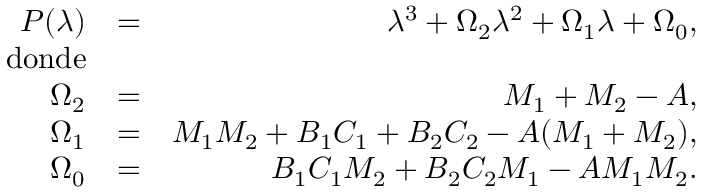
\begin{array} { r l r } { P ( \lambda ) } & { = } & { \lambda ^ { 3 } + \Omega _ { 2 } \lambda ^ { 2 } + \Omega _ { 1 } \lambda + \Omega _ { 0 } , } \\ { \mathrm { d o n d e } } \\ { \Omega _ { 2 } } & { = } & { M _ { 1 } + M _ { 2 } - A , } \\ { \Omega _ { 1 } } & { = } & { M _ { 1 } M _ { 2 } + B _ { 1 } C _ { 1 } + B _ { 2 } C _ { 2 } - A ( M _ { 1 } + M _ { 2 } ) , } \\ { \Omega _ { 0 } } & { = } & { B _ { 1 } C _ { 1 } M _ { 2 } + B _ { 2 } C _ { 2 } M _ { 1 } - A M _ { 1 } M _ { 2 } . } \end{array}